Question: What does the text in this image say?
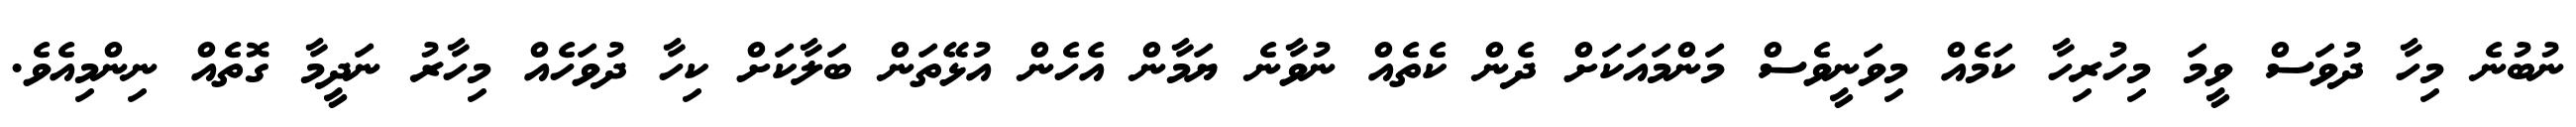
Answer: ނުބުނެ މިހާ ދުވަސް ވީމަ މިހުރިހާ ކަމެއް މިވަނީވެސް މަންމައަކަށް ދެން ކެތެއް ނުވާނެ ޔަމާން އެހެން އުޅޭތަން ބަލާކަށް ކިހާ ދުވަހެއް މިހާރު ނަދީމާ ގޮތެއް ނިންމިއެވެ.